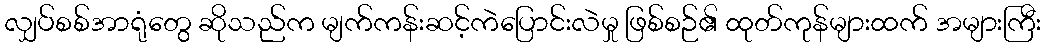
လျှပ်စစ်အာရုံတွေ ဆိုသည်က မျက်ကန်းဆင့်ကဲပြောင်းလဲမှု ဖြစ်စဉ်၏ ထုတ်ကုန်များထက် အများကြီး